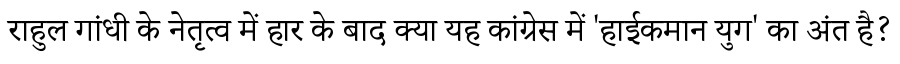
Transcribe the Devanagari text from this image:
राहुल गांधी के नेतृत्व में हार के बाद क्या यह कांग्रेस में 'हाईकमान युग' का अंत है?